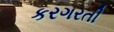
કરગરતી